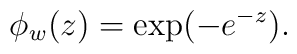
\phi_w(z) = {\rm exp}(-e^{-z}).